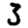
Digit: 3